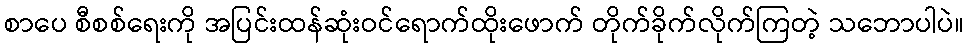
စာပေ စီစစ်ရေးကို အပြင်းထန်ဆုံးဝင်ရောက်ထိုးဖောက် တိုက်ခိုက်လိုက်ကြတဲ့ သဘောပါပဲ။